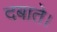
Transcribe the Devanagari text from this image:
दबाते।